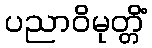
ပညာဝိမုတ္တိံ